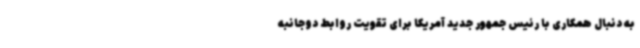
به دنبال همکاری با رئیس جمهور جدید آمریکا برای تقویت روابط دوجانبه